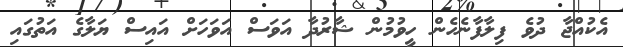
އެކުއްޖާ ދުވެ ފިލާފާނެހެން ހީވުމުން ޝާރުދާ އަވަސް އަވަހަށް އައިސް ޔަލާގެ އަތުގައި